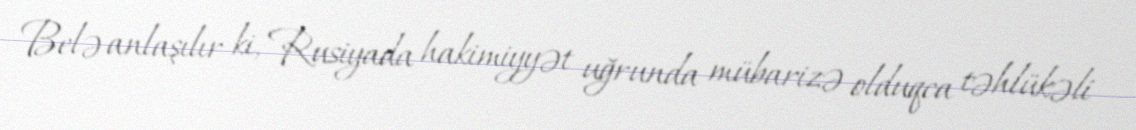
Belə anlaşılır ki, Rusiyada hakimiyyət uğrunda mübarizə olduqca təhlükəli